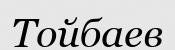
Тойбаев